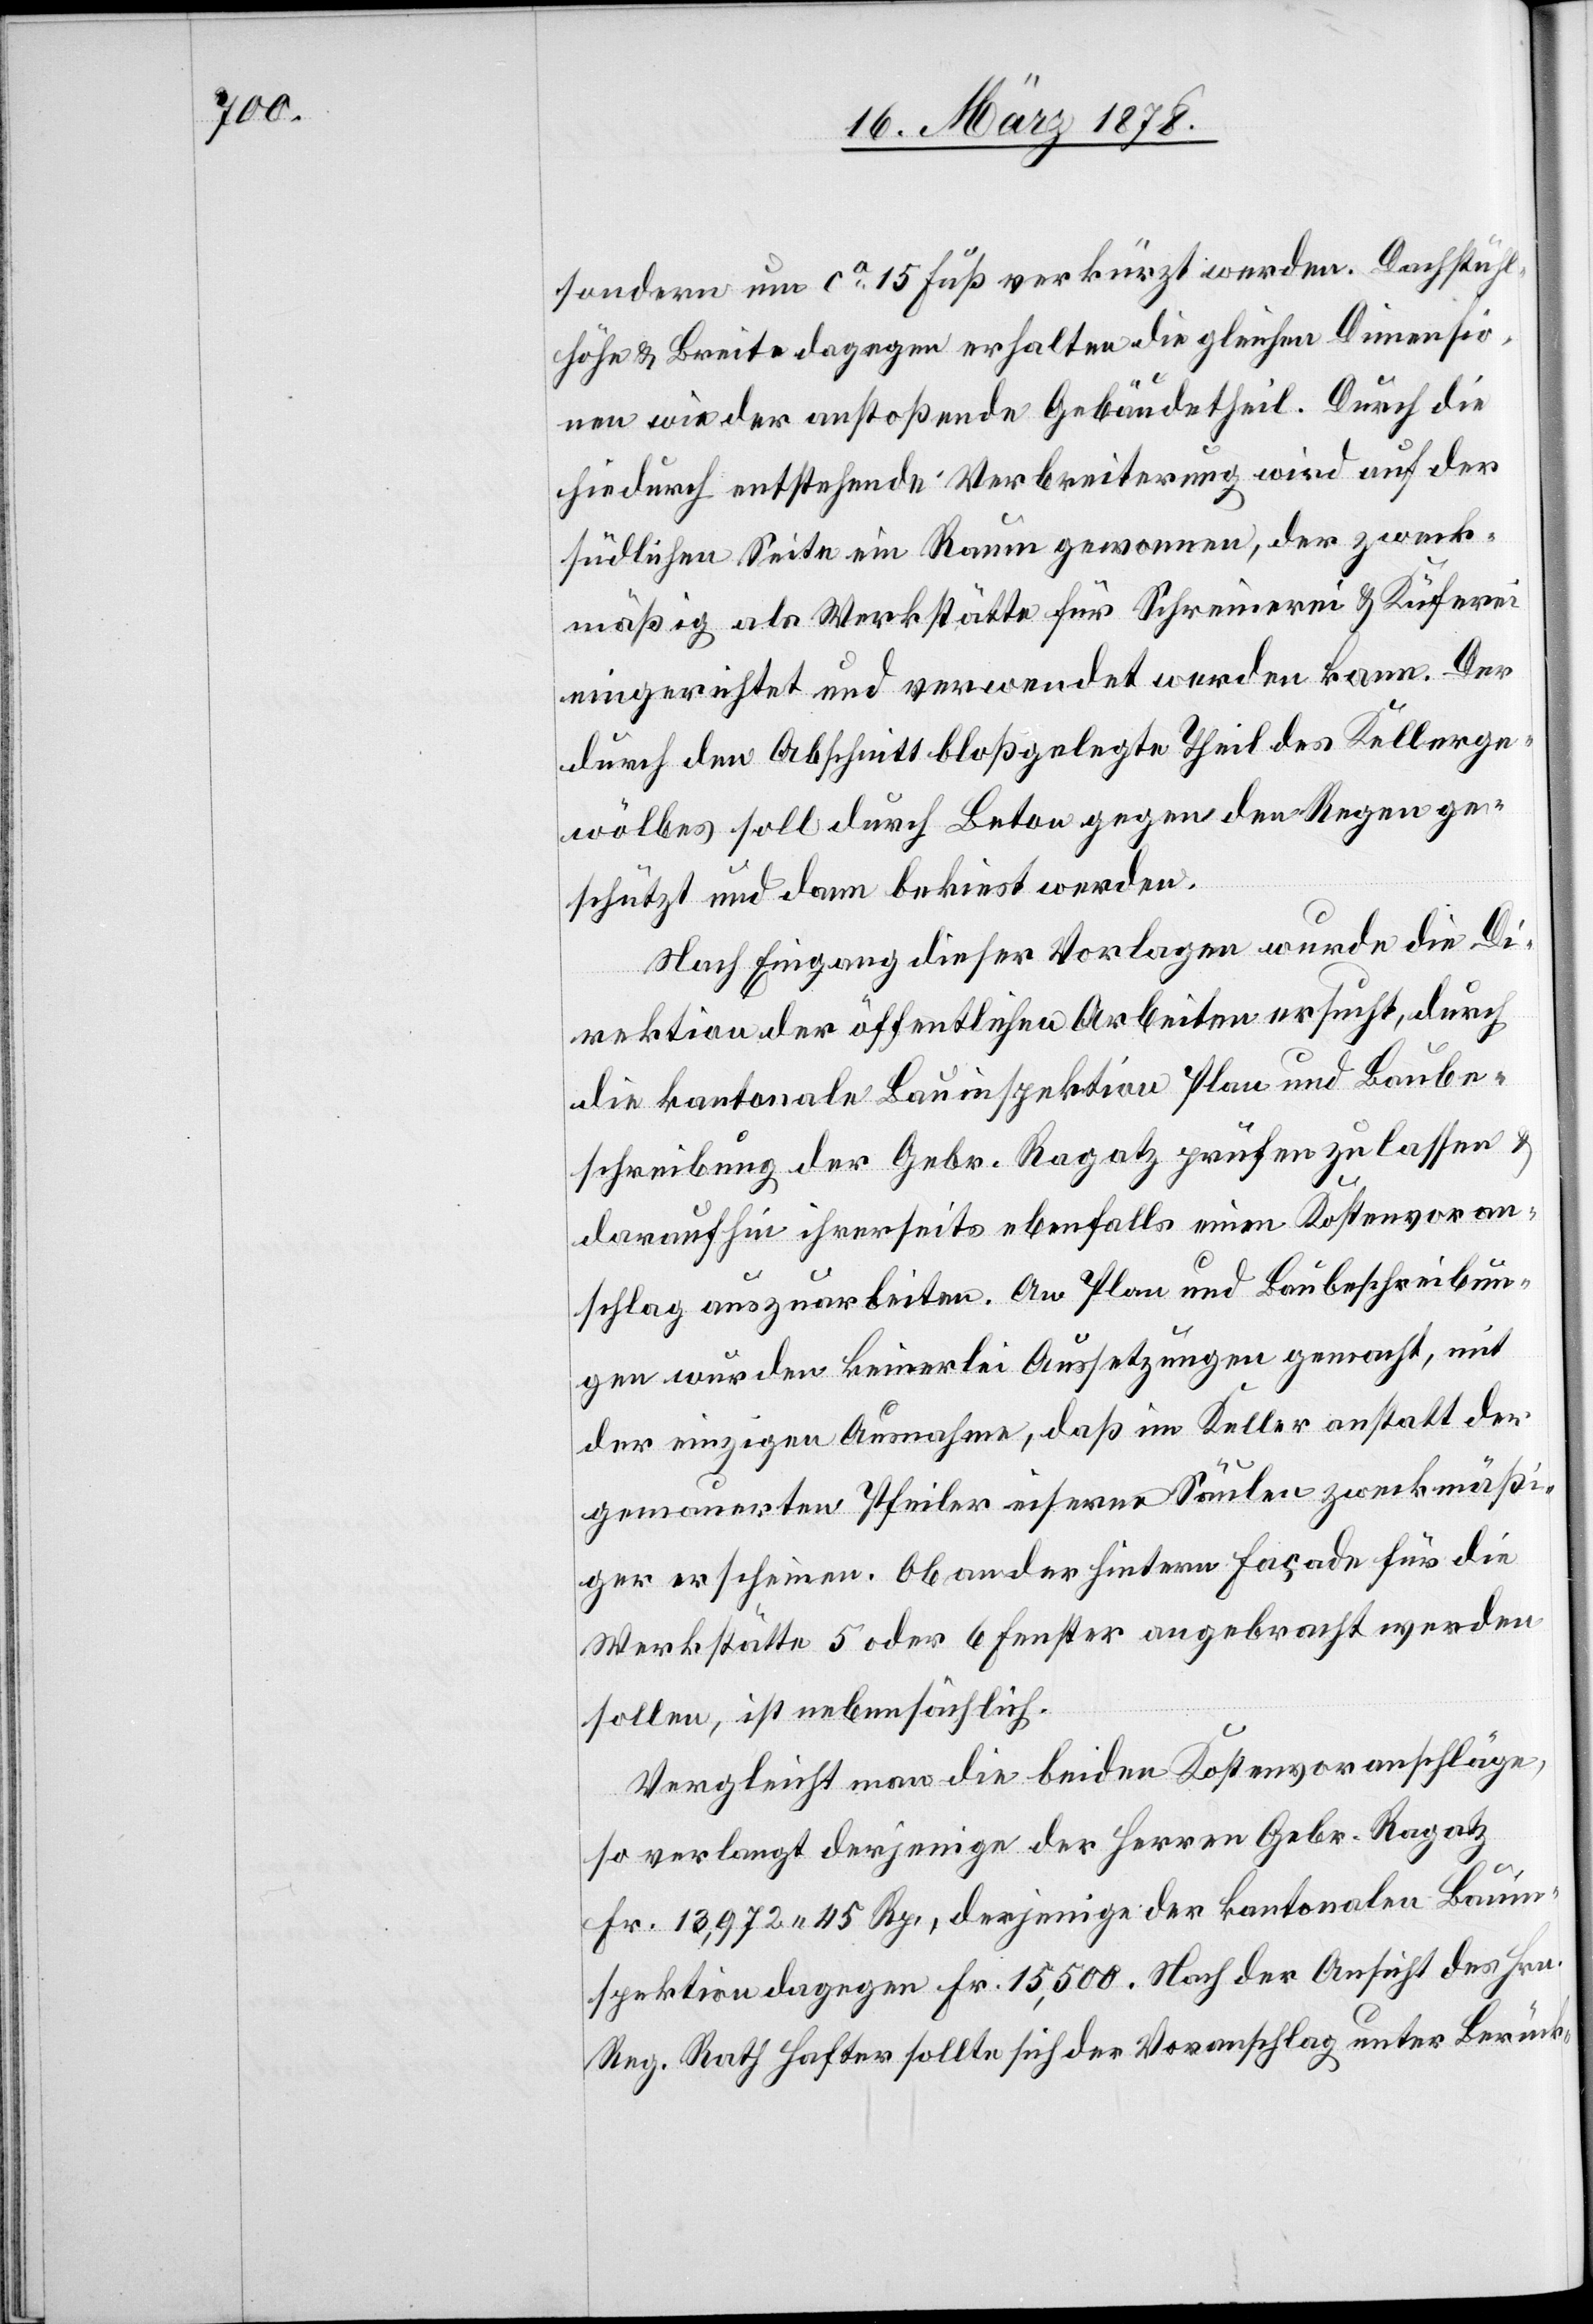
sondern um ca 15 Fuß verkürzt werden. Dachstuhl¬
höhe & Breite dagegen erhalten die gleichen Dimensio¬
nen wie der anstoßende Gebäudetheil. Durch die
hiedurch entstehende Verbreiterung wird auf der
südlichen Seite ein Raum gewonnen, der zweck¬
mäßig als Werkstätte für Schreinerei & Küferei
eingerichtet und verwendet werden kann. Der
durch den Abschnitt bloßgelegte Theil des Kellerge¬
wölbes soll durch Beton gegen den Regen ge¬
schützt und dann bekiest werden.
Nach Eingang dieser Vorlagen wurde die Di¬
rektion der öffentlichen Arbeiten ersucht, durch
die kantonale Bauinspektion Plan und Baube¬
schreibung der Gebr. Ragatz prüfen zu lassen &
daraufhin ihrerseits ebenfalls einen Kostenvoran¬
schlag auszuarbeiten. An Plan und Baubeschreibun¬
gen wurden keinerlei Aussetzungen gemacht, mit
der einzigen Ausnahme, daß im Keller anstatt der
gemauerten Pfeiler mehrere Säulen zweckmäßi¬
ger erscheinen. Ob an der hintern Façade für die
Werkstätte 5 oder 6 Fenster angebracht werden
sollen, ist nebensächlich.
Vergleicht man die beiden Kostenvoranschläge,
so verlangt derjenige der Herren Gebr. Ragatz
Fr. 13,972. 15 Rp., derjenige der kantonalen Bauin¬
spektion dagegen Fr. 15,500. Nach der Ansicht des Hrn.
Reg. Rath Hafter sollte sich der Voranschlag unter Berück-